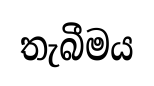
තැබීමය